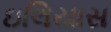
ઇલિયાસ